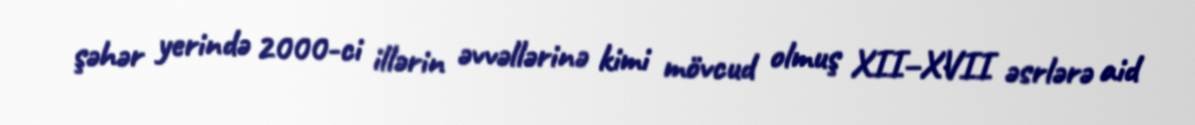
şəhər yerində 2000-ci illərin əvvəllərinə kimi mövcud olmuş XII–XVII əsrlərə aid